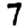
Digit: 7